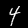
Digit: 4